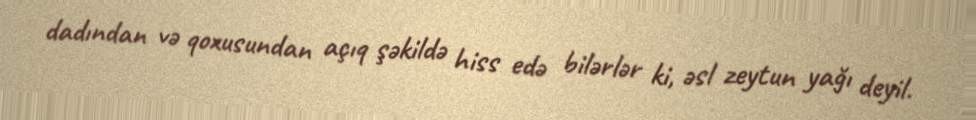
dadından və qoxusundan açıq şəkildə hiss edə bilərlər ki, əsl zeytun yağı deyil.